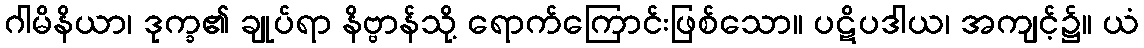
ဂါမိနိယာ၊ ဒုက္ခ၏ ချုပ်ရာ နိဗ္ဗာန်သို့ ရောက်ကြောင်းဖြစ်သော။ ပဋိပဒါယ၊ အကျင့်၌။ ယံ